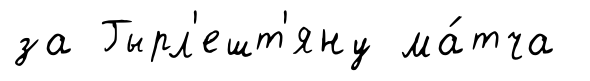
за Гырл'ешт'яну ма́тча